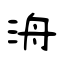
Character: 洀